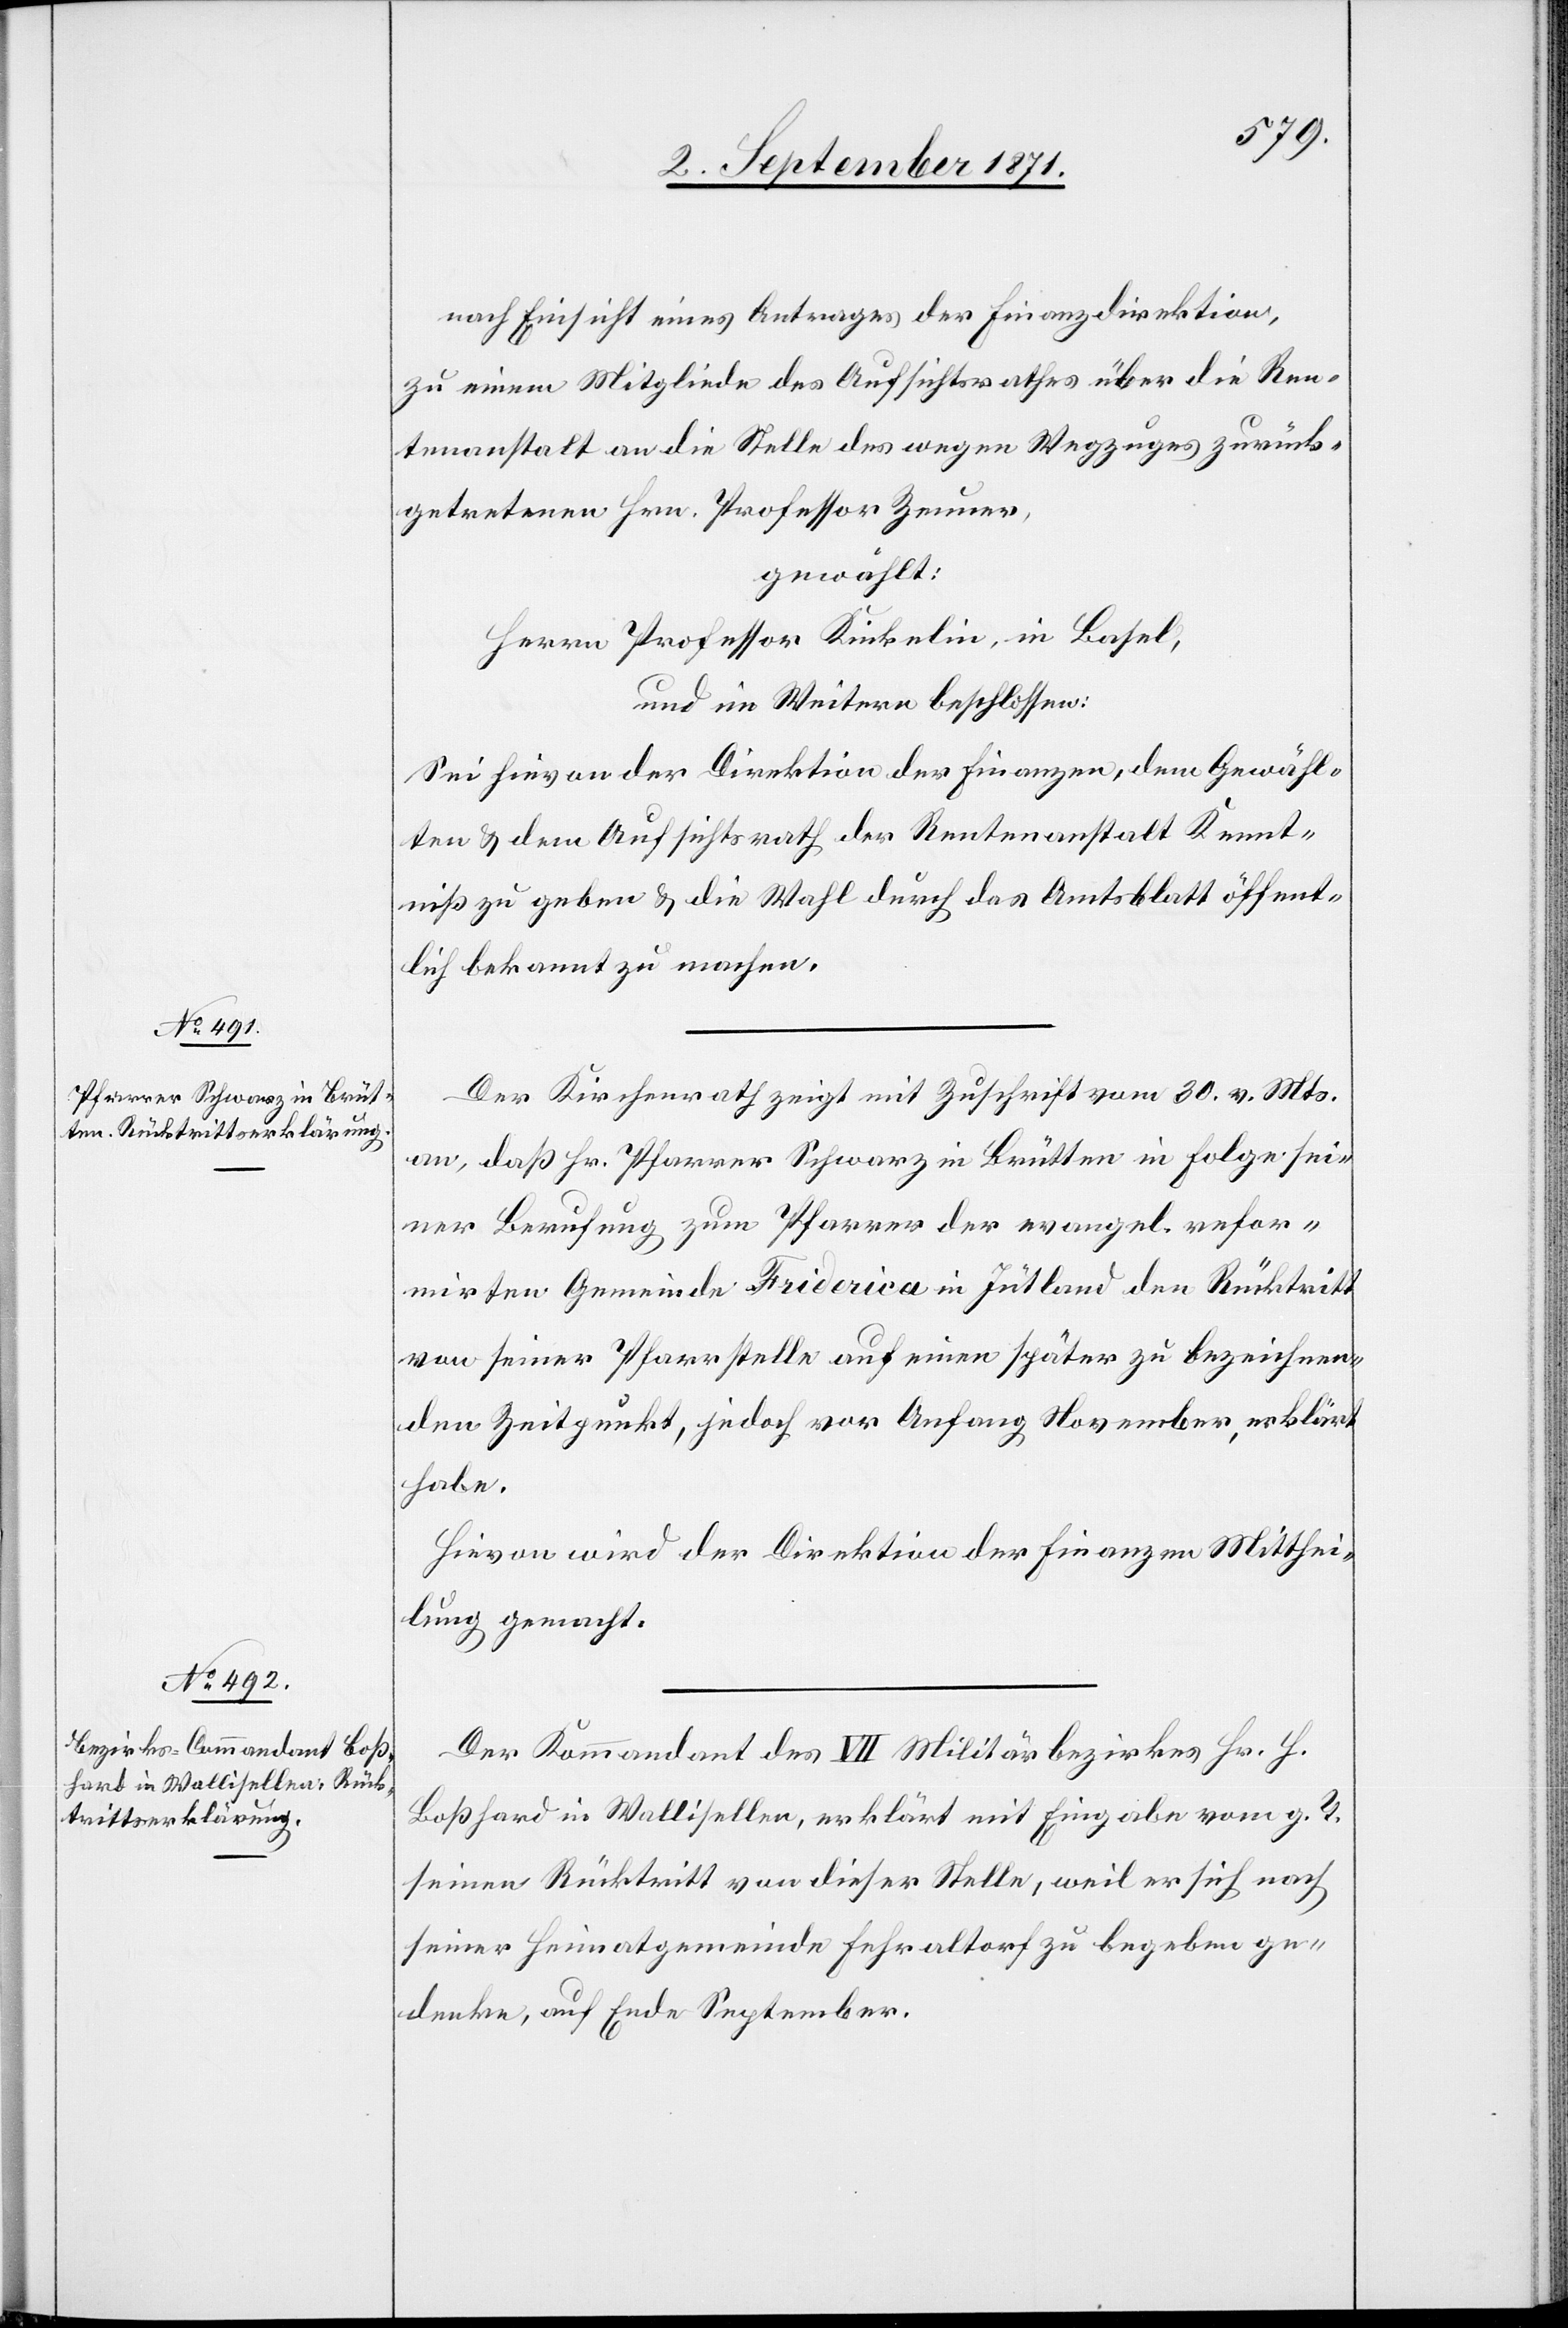
nach Einsicht eines Antrages der Finanzdirektion,
zu einem Mitgliede des Aufsichtsrathes über die Ren¬
tenanstalt an die Stelle des wegen Wegzuges zurück¬
getretenen Hrn. Professor Zeuner,
gewählt:
Herrn Professor Kiekelin, in Basel,
und im Weitern beschlossen:
Sei hirvon der Direktion der Finanzen, dem Gewähl¬
ten & dem Aufsichtsrath der Rentenanstalt Kennt¬
niß zu geben & die Wahl durch das Amtsblatt öffent¬
lich bekannt zu machen.
Der Kirchenrath zeigt mit Zuschrift vom 30. v. Mts.
an, daß Hr. Pfarrer Schwarz in Brütten in Folge sei¬
ner Berufung zum Pfarrer der evangel. refor¬
mirten Gemeinde Friderica in Jütland den Rücktritt
von seiner Pfarrstelle auf einen später zu bezeichnen¬
den Zeitpunkt, jedoch vor Anfang November, erklärt
habe.
Hirvon wird der Direktion der Finanzen Mitthei¬
lung gemacht.
Der Commandant des VII Militärbezirks Hr. H.
Boßhard in Wallisellen, erklärt mit Eingabe vom g. T.
seinen Rücktritt von dieser Stelle, weil er sich nach
seiner Heimatgemeinde Fehraltorf zu begeben ge¬
denke, auf Ende September.